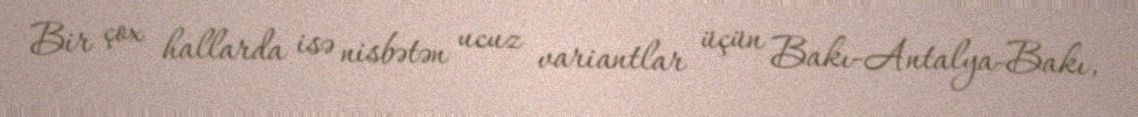
Bir çox hallarda isə nisbətən ucuz variantlar üçün Bakı-Antalya-Bakı,